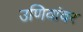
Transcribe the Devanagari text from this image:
उणिवांवर